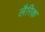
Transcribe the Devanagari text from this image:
लैरिक